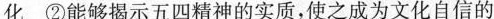
化 ②能够揭示五四精神的实质，使之成为文化自信的